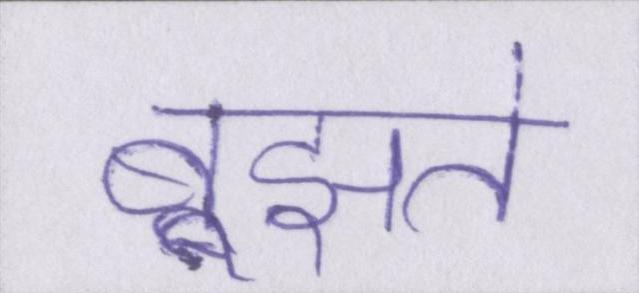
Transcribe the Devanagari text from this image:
बूझते